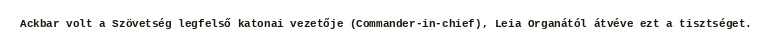
Ackbar volt a Szövetség legfelső katonai vezetője (Commander-in-chief), Leia Organától átvéve ezt a tisztséget.